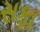
સફા